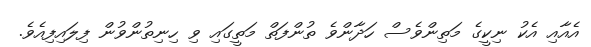
އެއާއި އެކު ނިކީގެ މަތިންވެސް ހަދާންވެ ތުންފަތް މަތީގައި ވި ހިނިތުންވުން ފިލައިފިއެވެ.